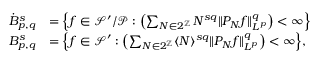
\begin{array} { r l } { \dot { B } _ { p , q } ^ { s } } & { = \Bigl \{ f \in \mathcal { S } ^ { \prime } / \mathcal { P } : \left( \sum _ { N \in 2 ^ { \mathbb { Z } } } N ^ { s q } \| P _ { N } f \| _ { L ^ { p } } ^ { q } \right) < \infty \Bigl \} } \\ { B _ { p , q } ^ { s } } & { = \Bigl \{ f \in \mathcal { S } ^ { \prime } : \left( \sum _ { N \in 2 ^ { \mathbb { Z } } } \langle N \rangle ^ { s q } \| P _ { N } f \| _ { L ^ { p } } ^ { q } \right) < \infty \Bigl \} , } \end{array}